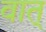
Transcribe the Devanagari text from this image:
वात्